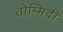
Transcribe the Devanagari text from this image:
तोम्मिदी